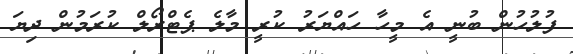
ފުލުހުން ބުނީ އެ މީހާ ހައްޔަރު ކުރީ މާލެ ޕެޓްރޯލް ކުރަމުން ދިޔަ